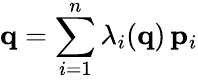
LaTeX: {\mathbf q}=\sum_{i=1}^{n}\lambda_{i}({\mathbf q})\, {\mathbf p}_{i}